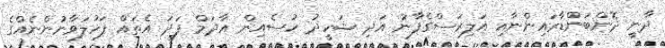
ދާނީ ދޮންބަންޑާރައިންނާއި އަލިރަސްގެފާނު އަދި ޝަހީދު ހުސެއިން އާދަމް ފަދަ އެތައް ފަހުލަވާނުންނެއްގެ